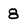
Character: 8